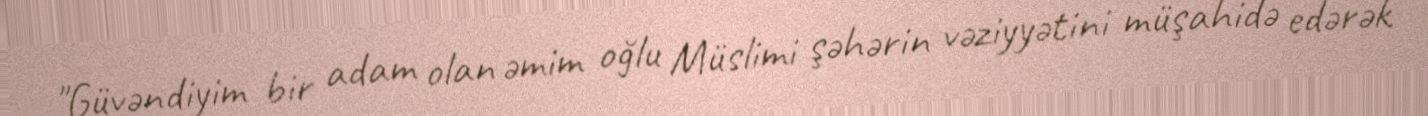
"Güvəndiyim bir adam olan əmim oğlu Müslimi şəhərin vəziyyətini müşahidə edərək